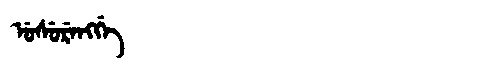
Manchu: ᡠᠰᡠᡵᡝᠩᡤᡝ
Romanization: USURENGGE